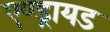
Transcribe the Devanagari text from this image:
एण्ड्रायड